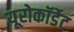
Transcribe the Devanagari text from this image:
यूरोकॉर्डेट